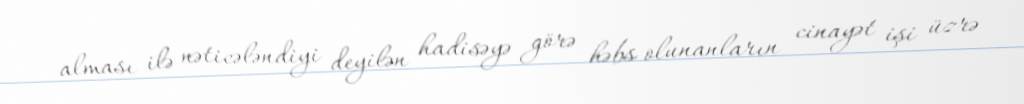
alması ilə nəticələndiyi deyilən hadisəyə görə həbs olunanların cinayət işi üzrə